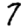
Digit: 7